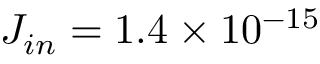
J _ { i n } = 1 . 4 \times 1 0 ^ { - 1 5 }